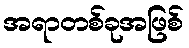
အရာတစ်ခုအဖြစ်